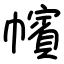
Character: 㡦